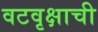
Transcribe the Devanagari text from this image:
वटवृक्षाची